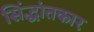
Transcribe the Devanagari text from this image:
सिंद्धांतकार